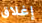
إغلاق